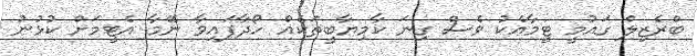
ބްރެޒިލް ގައުމީ ޓީމާއެކު ވެސް ގިނަ ކާމިޔާބީތަކެއް ހޯދާފައިވާ ނޭމާ އެޓީމަށް ކުޅުނު